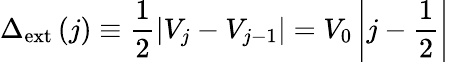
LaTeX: \Delta_{\mathrm{{ext}}}\left(j\right)\equiv\frac{1}{2}\left|V_{j}-V_{j-1}\right|=V_{0}\left|j-\frac{1}{2}\right|